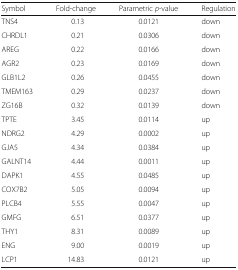
<table><thead><tr><td><b>Symbol</b></td><td><b>Fold-change</b></td><td><b>Parametric <i>p</i>-value</b></td><td><b>Regulation</b></td></tr></thead><tbody><tr><td>TNS4</td><td>0.13</td><td>0.0121</td><td>down</td></tr><tr><td>CHRDL1</td><td>0.21</td><td>0.0306</td><td>down</td></tr><tr><td>AREG</td><td>0.22</td><td>0.0166</td><td>down</td></tr><tr><td>AGR2</td><td>0.23</td><td>0.0169</td><td>down</td></tr><tr><td>GLB1L2</td><td>0.26</td><td>0.0455</td><td>down</td></tr><tr><td>TMEM163</td><td>0.29</td><td>0.0237</td><td>down</td></tr><tr><td>ZG16B</td><td>0.32</td><td>0.0139</td><td>down</td></tr><tr><td>TPTE</td><td>3.45</td><td>0.0114</td><td>up</td></tr><tr><td>NDRG2</td><td>4.29</td><td>0.0002</td><td>up</td></tr><tr><td>GJA5</td><td>4.34</td><td>0.0384</td><td>up</td></tr><tr><td>GALNT14</td><td>4.44</td><td>0.0011</td><td>up</td></tr><tr><td>DAPK1</td><td>4.55</td><td>0.0485</td><td>up</td></tr><tr><td>COX7B2</td><td>5.05</td><td>0.0094</td><td>up</td></tr><tr><td>PLCB4</td><td>5.55</td><td>0.0047</td><td>up</td></tr><tr><td>GMFG</td><td>6.51</td><td>0.0377</td><td>up</td></tr><tr><td>THY1</td><td>8.31</td><td>0.0089</td><td>up</td></tr><tr><td>ENG</td><td>9.00</td><td>0.0019</td><td>up</td></tr><tr><td>LCP1</td><td>14.83</td><td>0.0121</td><td>up</td></tr></tbody></table>